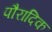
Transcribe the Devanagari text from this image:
पौरादिक